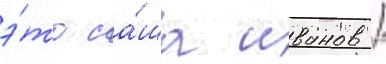
э́то са́ша иванов /